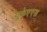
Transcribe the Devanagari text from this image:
यूकेएएस